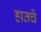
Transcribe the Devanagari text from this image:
हातचें